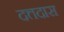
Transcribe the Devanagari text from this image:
दत्तदास